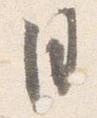
月